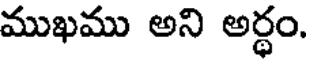
ముఖము అని అర్ధం.